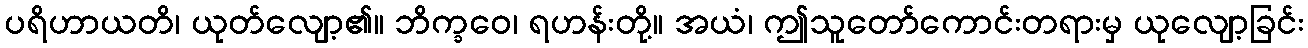
ပရိဟာယတိ၊ ယုတ်လျော့၏။ ဘိက္ခဝေ၊ ရဟန်းတို့။ အယံ၊ ဤသူတော်ကောင်းတရားမှ ယုလျော့ခြင်း